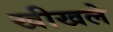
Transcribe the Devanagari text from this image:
खीखले